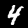
Label: 4